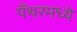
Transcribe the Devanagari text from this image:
पँथरमध्ये